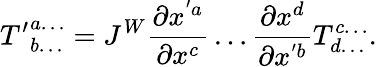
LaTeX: {T^{\prime}}_{b\dots}^{a\dots}=J^{W}{\frac{\partial x^{'a}}{\partial x^{c}}}\dots{\frac{\partial x^{d}}{\partial x^{'b}}}T_{d\dots}^{c\dots}.